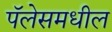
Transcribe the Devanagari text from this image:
पॅलेसमधील